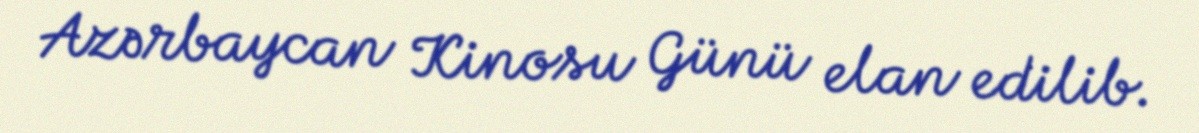
Azərbaycan Kinosu Günü elan edilib.